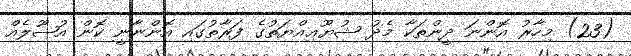
(23) މިހާރު އޮންނަ ދީންތަކާ މެދު ޝުޔޫޢިއްޔަތުގެ ފަރާތުގައި އޮންނާނީ ކޮން އުޞޫލެއް